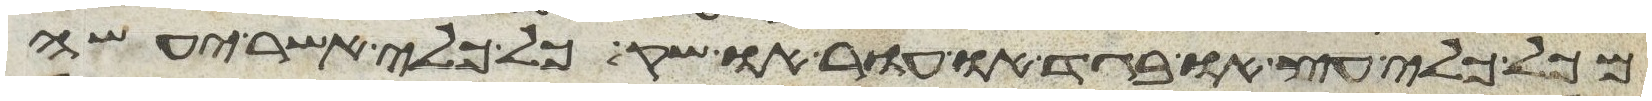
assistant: מכל כלי עץ או בגד או עור או שק כל כלי אשר יעשה